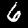
Label: 6